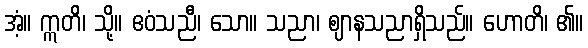
အံ့။ ဣတိ၊ သို့။ ဧဝံသညီ၊ သော။ သညာ၊ ဈာနသညာရှိသည်။ ဟောတိ၊ ၏။